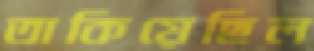
তাকিয়েছিল